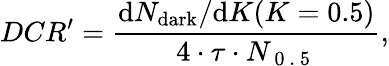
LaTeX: DCR^{\prime}=\frac{\mathrm{d}N_{\mathrm{dark}}/{\mathrm{d}K}(K=0.5)}{4\cdot\tau\cdot N_{\mathrm{~0~.~5~}}},